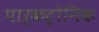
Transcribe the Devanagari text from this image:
पार्कट्रोनिक